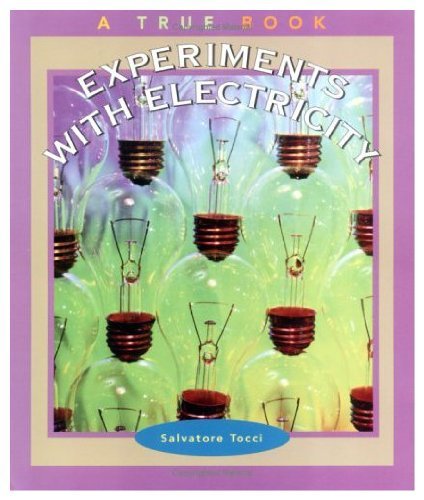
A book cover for Experiments With Electricity (New True Books); Helen Challand; Children's Books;